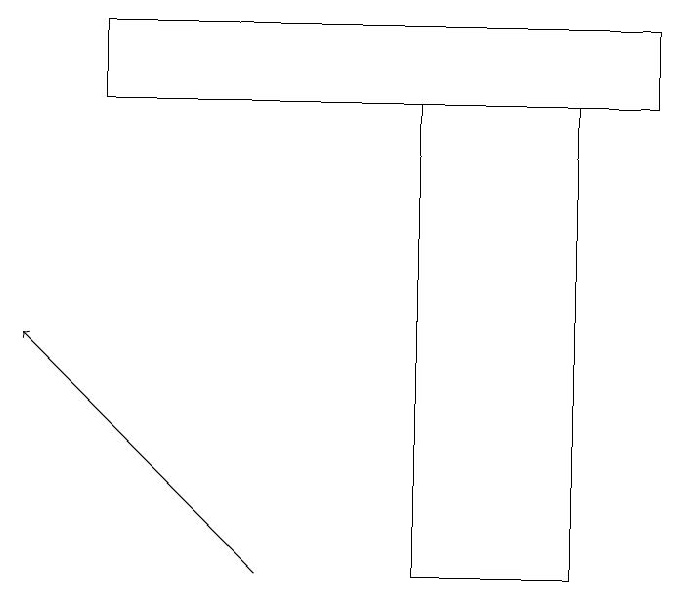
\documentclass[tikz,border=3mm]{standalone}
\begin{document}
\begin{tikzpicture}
\draw (7,12) rectangle (5,18);
\draw (1,18) rectangle (8,19);
\draw[->] (3,12) -- (0,15);
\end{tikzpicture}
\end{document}